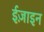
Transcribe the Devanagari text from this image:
ईज़ाइन